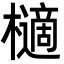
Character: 㰅